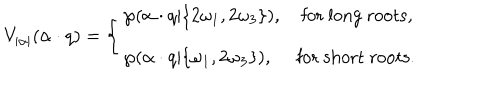
V _ { | \alpha | } ( \alpha \cdot q ) = \left\{ \left\{ \begin{cases} { { \wp ( \alpha \cdot q | \{ 2 \omega _ { 1 } , 2 \omega _ { 3 } \} ) , \quad \mathrm { f o r ~ l o n g ~ r o o t s } , } } \\ { { \wp ( \alpha \cdot q | \{ \omega _ { 1 } , 2 \omega _ { 3 } \} ) , \quad \ \mathrm { f o r ~ s h o r t ~ r o o t s } . } } \\ \end{cases} \right. \right.